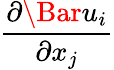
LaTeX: \frac{{\partial}\Bar{u}_{i}}{{\partial}x_{j}}